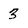
Character: 3